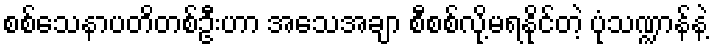
စစ်သေနာပတိတစ်ဦးဟာ အသေအချာ စီစစ်လို့မရနိုင်တဲ့ ပုံသဏ္ဍာန်နဲ့